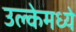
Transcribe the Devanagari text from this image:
उल्केमध्ये